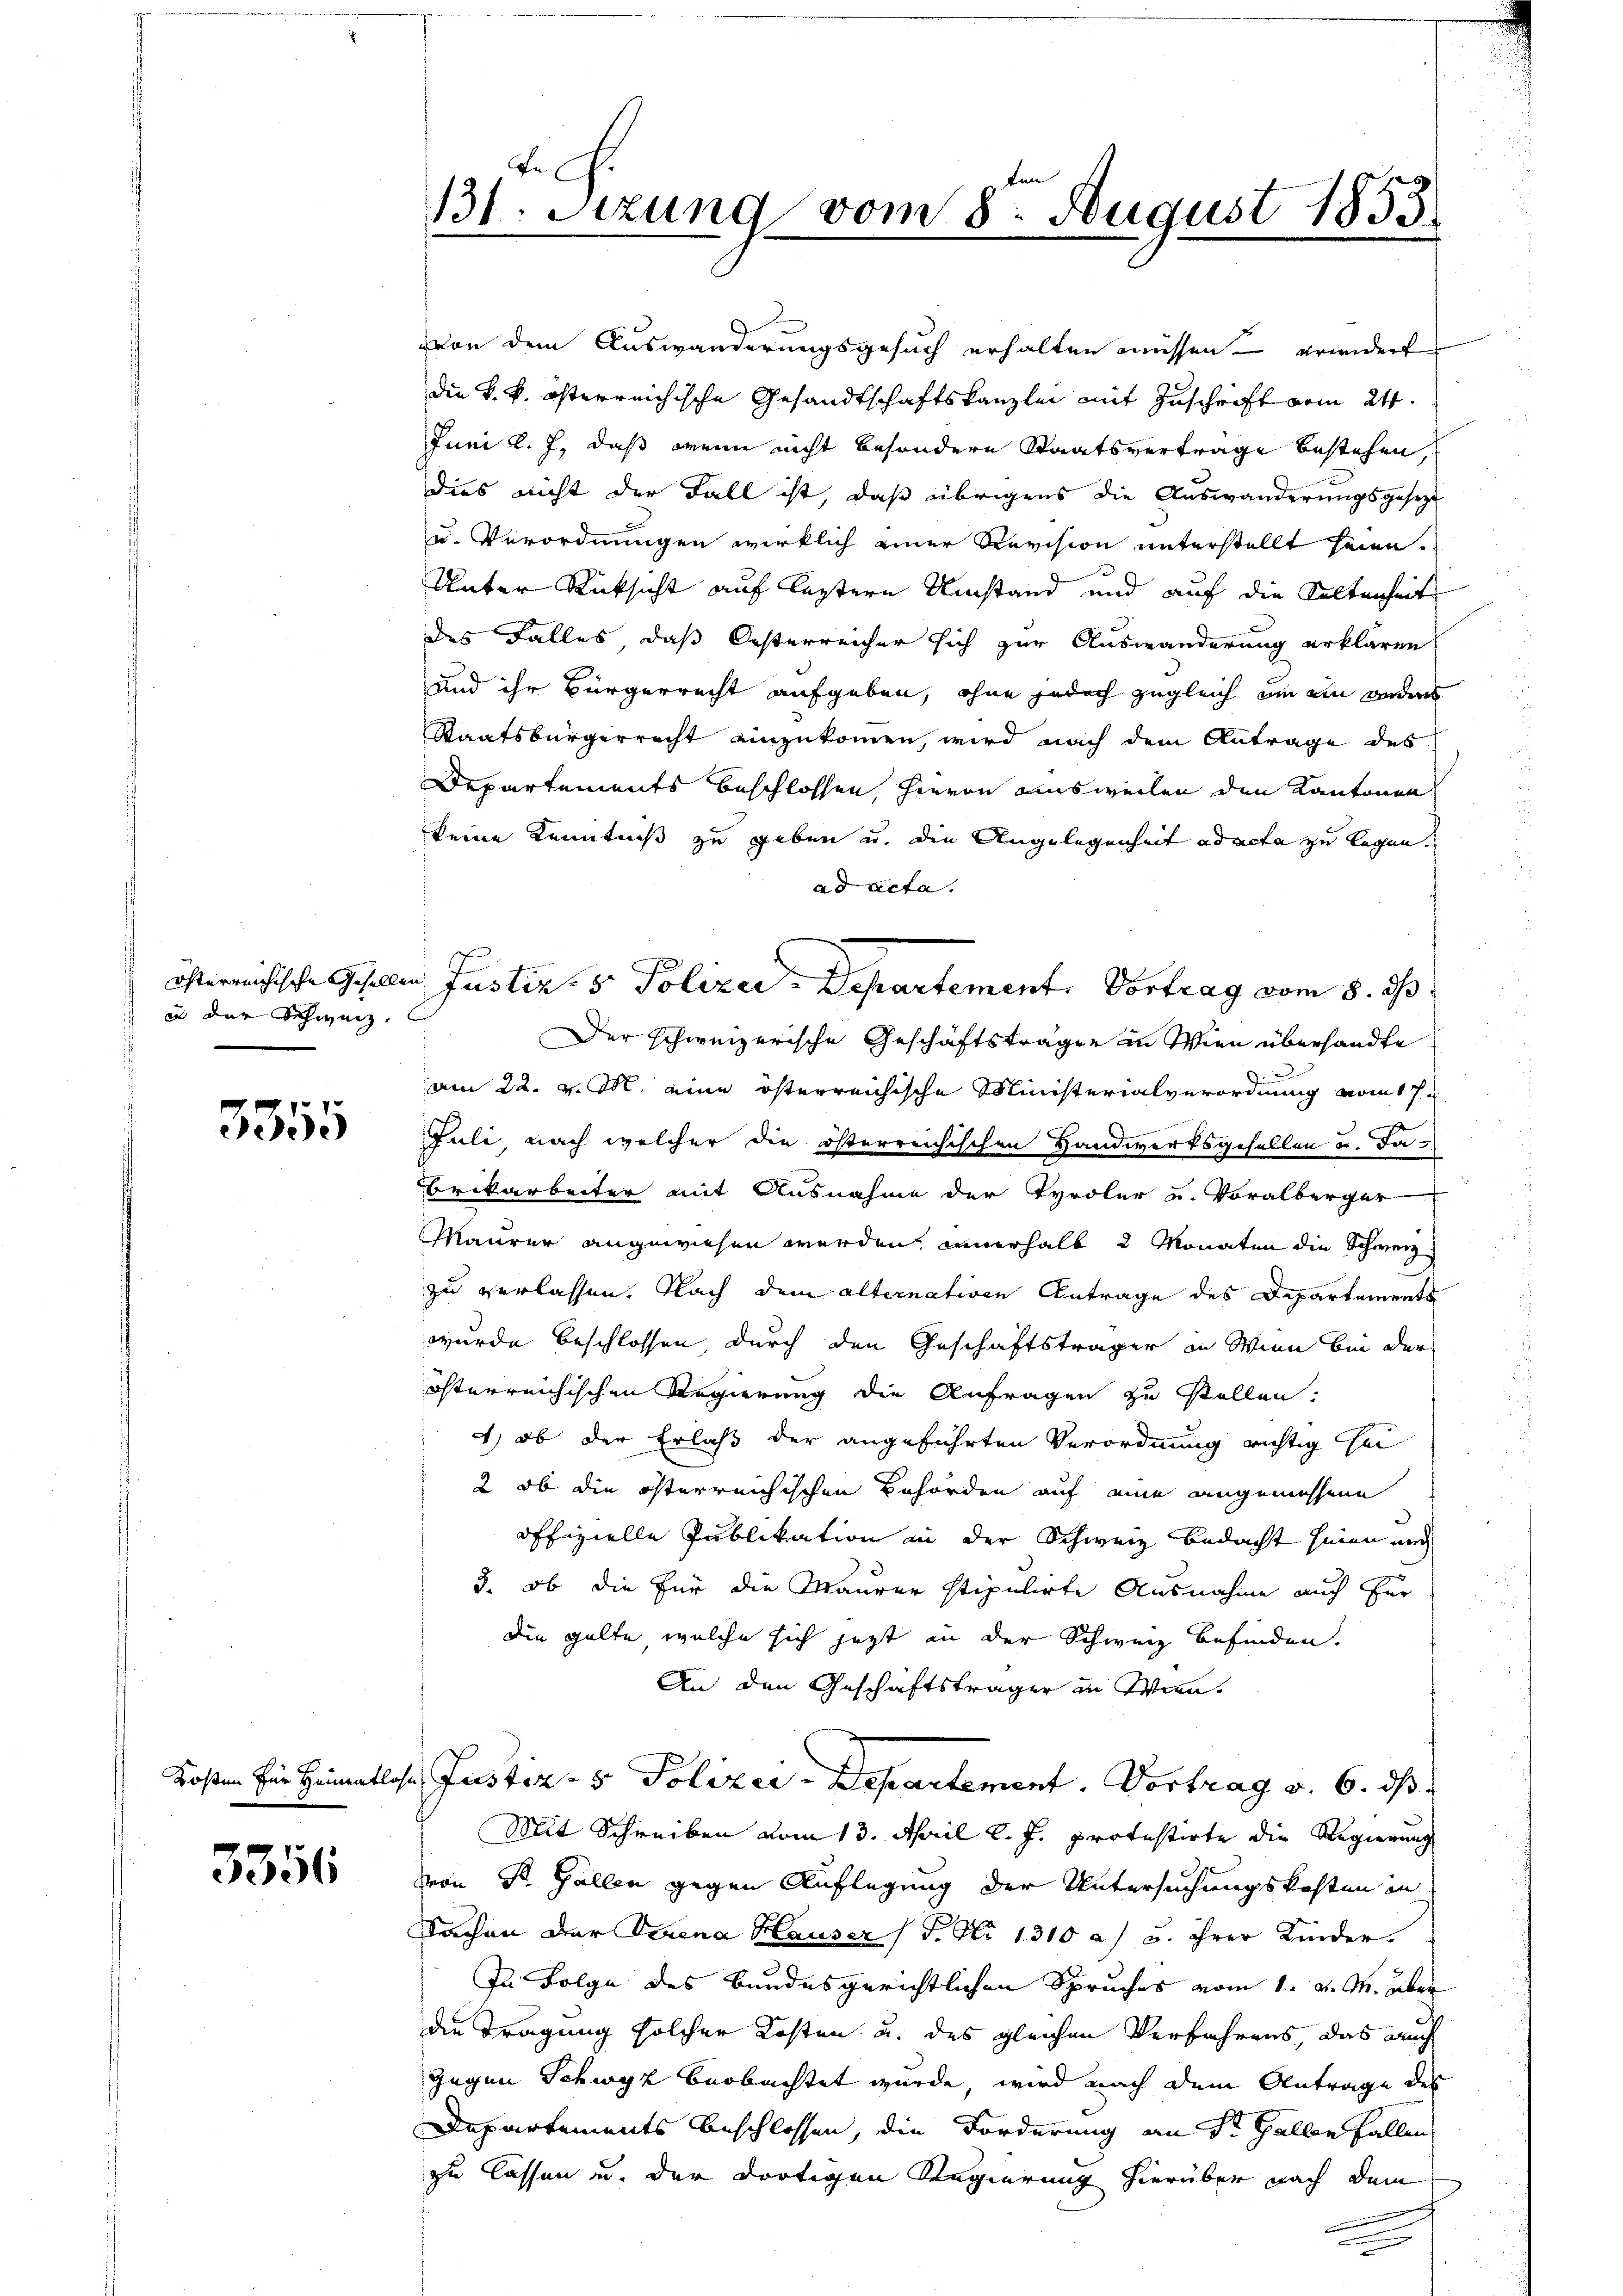
) in der Schweiz.

3355

3356

In
131. Sizung vom 8t August 1853.

österreichische Gesellen Justiz- & Polizei-Departement. Vortrag vom 8. ds.

von dem Auswanderungsgesuch erhalten müssen – erwidert
die k. k. österreichische Gesandtschaftskanzlei mit Zuschrift vom 24.
Juni l. J., daß wenn nicht besondere Staatsvertrage bestehen,
dies nicht der Fall ist, daß übrigens die Auswanderungsgesezt
u. Verordnungen wirklich einer Revision unterstellt seien.
Unter Rücksicht auf lestern Umstand und auf die Kaltenheit
des Falles, daß Oesterreicher sich zur Auswanderung erklären
und ihr Bürgerrecht aufgeben, ohne jedoch zugleich um ein anders
Staatsbürgerrecht einzukommen, wird nach dem Antrage des
Departements beschlossen, hievon ausweilen den Kantonen
keine Kenntniß zu geben u. die Angelegenheit ad acta zu legen.
ad acta.
Der schweizerische Geschäftsträger in Wien überhandte
am 22. v. M. eine österreichische Ministerialverordnung vom 17.
Juli, nach welcher die österreichischen Handwerksgesellen u. da¬
Brikarbeiter mit Ausnahme der Tyroler u. Voralberger
Maurer angewiesen werden, innerhalb 2 Monaten die Schweiz
zu verlassen. Nach dem alternativen Antrage des Departements
wurde beschlossen, durch den Geschäftsträger in Wien bei der
österreichischen Regierung die Anfragen zu stellen.
4) ob der Erlaß der angeführten Verordnung richtig sei
2 ob die österreichischen Behörden auf eine angemessene
offizielle Publikation in der Schweiz bedacht seien und
3. ob die für die Maurer stipulirte Ausnahme auch für
die gelte, welche sich jetzt in der Schweiz befinden.
An den Geschäftsträger in Win¬
Kosten für Heimatlose Justiz- & Polizei-Departement. Vortrag v. 6. ds.
Mit Schreiben vom 13. April l. J. protestirte die Regierung
mon St. Gallen gegen Auflegung der Untersuchungskosten in
Sachen der Verena Hauser (T. No 1310 a. u. ihrer Kinder.
In Folge des Bundesgerichtlichen Spruches vom 1. v. M. über
die Tragung solcher Kosten u. des gleichen Verfahrens, das auch
Gegen Schwyz beobachtet wurde, wird nach dem Antrage des
Departements beschlossen, die Forderung an St. Gallen Fallen
zu lassen u. der dortigen Regierung hierüber nach dem
.